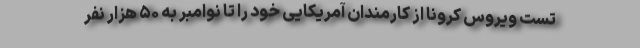
تست ویروس کرونا از کارمندان آمریکایی خود را تا نوامبر به ۵۰ هزار نفر